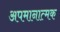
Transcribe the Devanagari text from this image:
अपमानात्मक